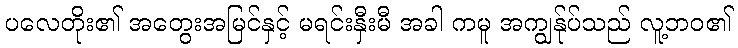
ပလေတိုး၏ အတွေးအမြင်နှင့် မရင်းနှီးမီ အခါ ကမူ အကျွန်ုပ်သည် လူ့ဘဝ၏